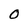
Character: O